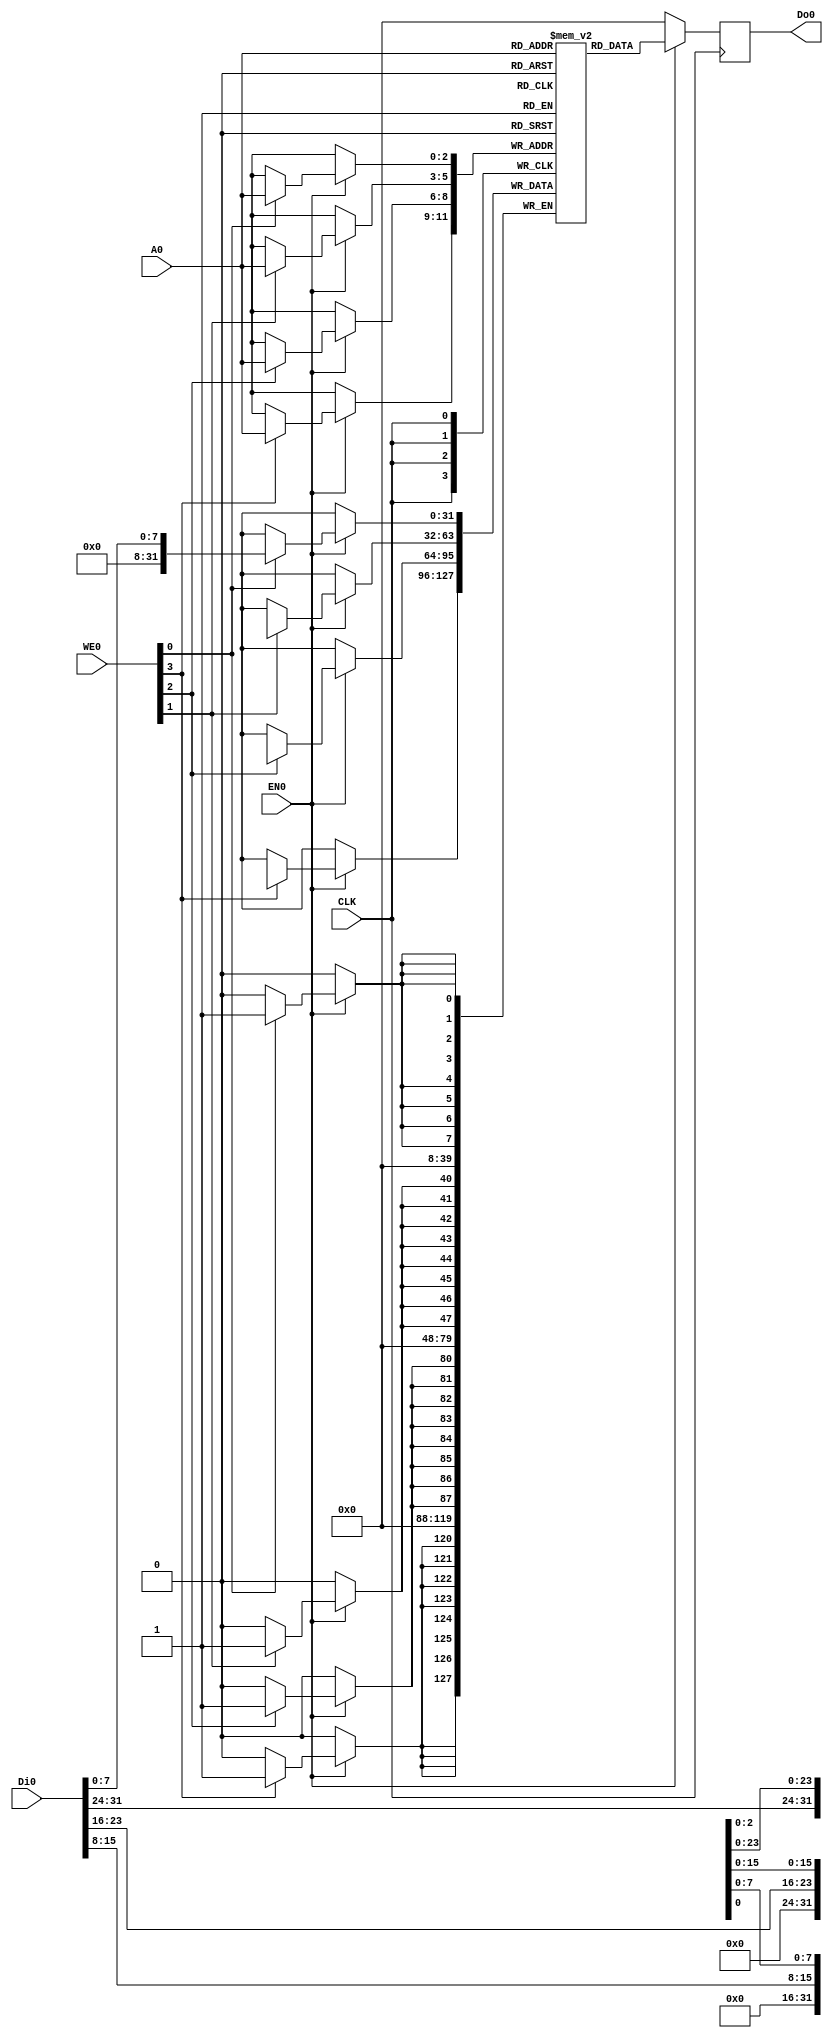
/// sta-blackbox

//this is only a black box, which point out the basic pins

`default_nettype none

module RAM8 (
`ifdef USE_POWER_PINS
  input VPWR,
  input VGND,
`endif
  input CLK,
  input [3:0] WE0,
  input EN0, 
  input [2:0] A0,
  input [31:0] Di0,
  output reg [31:0] Do0
);

reg [31:0] RAM[7:0];

always @(posedge CLK)
  if (EN0) begin
    Do0 <= RAM[A0];
  if (WE0[0]) RAM[A0][7:0] <= Di0[7:0];
  if (WE0[1]) RAM[A0][15:8] <= Di0[15:8];
  if (WE0[2]) RAM[A0][23:16] <= Di0[23:16];
  if (WE0[3]) RAM[A0][31:24] <= Di0[31:24];
  end else begin
    Do0 <= 32'b0;
  end

endmodule